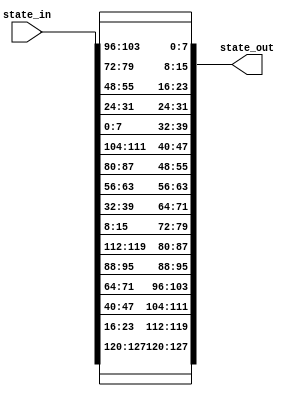
module inverse_shift_rows (
	input [0:127] state_in,
	output [0:127] state_out);

  // First row is not shifted
  assign state_out[0:7] = state_in[0:7];
  assign state_out[32:39] = state_in[32:39];
  assign state_out[64:71] = state_in[64:71];
  assign state_out[96:103] = state_in[96:103];
  
  // Second row is shifted cyclically to the right by 1
  assign state_out[8:15] = state_in[104:111];
  assign state_out[40:47] = state_in[8:15];
  assign state_out[72:79] = state_in[40:47];
  assign state_out[104:111] = state_in[72:79];
  
  // Third row is shifted cyclically to the right by 2
  assign state_out[16:23] = state_in[80:87];
  assign state_out[48:55] = state_in[112:119];
  assign state_out[80:87] = state_in[16:23];
  assign state_out[112:119] = state_in[48:55];
  
  // Fourth row is shifted cyclically to the right by 3
  assign state_out[24:31] = state_in[56:63];
  assign state_out[56:63] = state_in[88:95];
  assign state_out[88:95] = state_in[120:127];
  assign state_out[120:127] = state_in[24:31];

endmodule